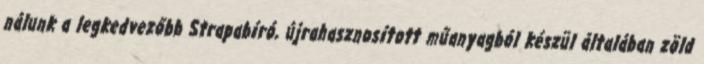
nálunk a legkedvezőbb Strapabíró, újrahasznosított műanyagból készül általában zöld